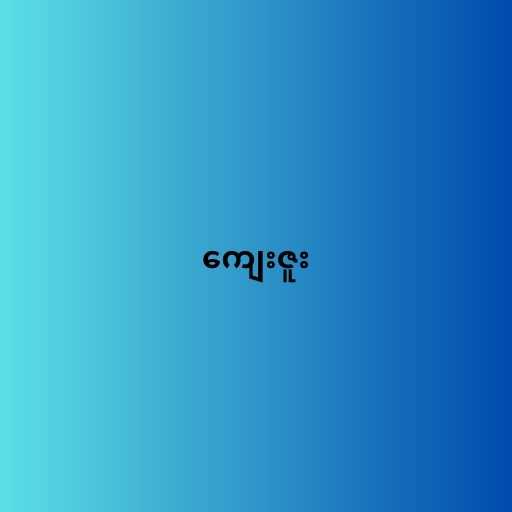
ကျေးဇူး